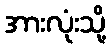
အားလုံးသို့